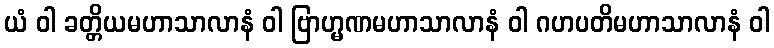
ယံ ဝါ ခတ္တိယမဟာသာလာနံ ဝါ ဗြာဟ္မဏမဟာသာလာနံ ဝါ ဂဟပတိမဟာသာလာနံ ဝါ